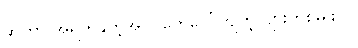
ဆိုတာ အရွက်နုတဲ့အပင်တွေပေါ်ကျတဲ့ ပျားတစ်မျိုးပါ။